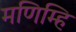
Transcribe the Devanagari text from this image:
मणिम्हि